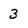
Character: 3